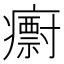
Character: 𭼱